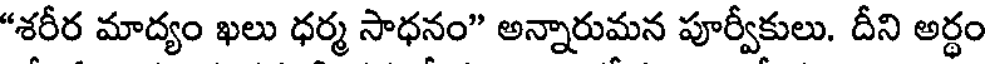
"శరీర మాద్యం ఖలు ధర్మ సాధనం" అన్నారుమన పూర్వీకులు. దీని అర్థం